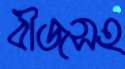
বীজসহ